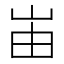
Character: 峀